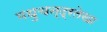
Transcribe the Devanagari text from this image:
मधुचन्द्रलेखा